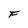
Character: F